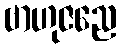
ဗာဟုဇညေ